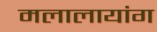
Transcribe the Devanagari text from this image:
मलालायांग